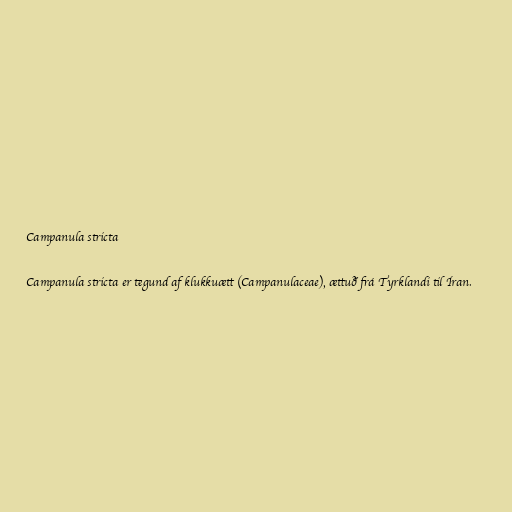
Campanula stricta

Campanula stricta er tegund af klukkuætt (Campanulaceae), ættuð frá Tyrklandi til Íran.